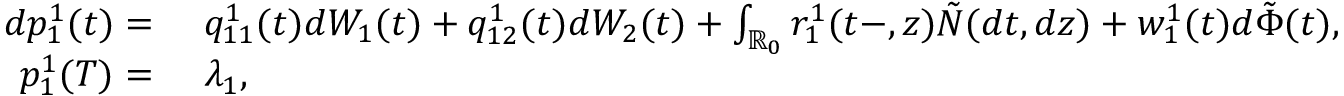
\begin{array} { r l } { d p _ { 1 } ^ { 1 } ( t ) = } & { \ q _ { 1 1 } ^ { 1 } ( t ) d W _ { 1 } ( t ) + q _ { 1 2 } ^ { 1 } ( t ) d W _ { 2 } ( t ) + \int _ { \mathbb { R } _ { 0 } } r _ { 1 } ^ { 1 } ( t - , z ) \tilde { N } ( d t , d z ) + w _ { 1 } ^ { 1 } ( t ) d \tilde { \Phi } ( t ) , } \\ { p _ { 1 } ^ { 1 } ( T ) = } & { \ \lambda _ { 1 } , } \end{array}